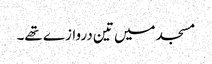
مسجد میں تین دروازے تھے۔